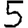
Digit: 5